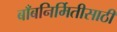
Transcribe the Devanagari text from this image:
बाँबनिर्मितीसाठी